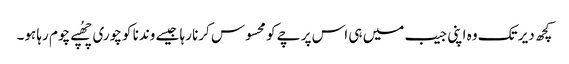
کچھ دیر تک وہ اپنی جیب میں ہی اس پرچے کو محسوس کرنا رہا جیسے وندنا کو چوری چھُپے چوم رہا ہو۔